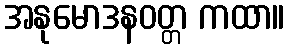
အနုမောဒနဝတ္တ ကထာ။